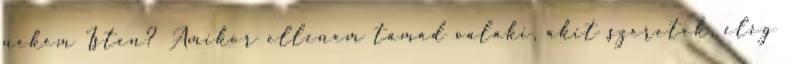
nekem Isten? Amikor ellenem támad valaki, akit szeretek, elég